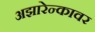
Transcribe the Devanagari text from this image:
अझारेन्कावर